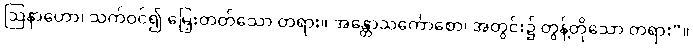
ဩနာဟော၊ သက်ဝင်၍ မြှေးတတ်သော တရား။ အန္တောသင်္ကောစော၊ အတွင်း၌ တွန့်တိုသော တရား”။